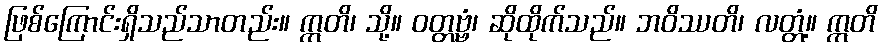
ဖြစ်ကြောင်းရှိသည်သာတည်း။ ဣတိ၊ သို့။ ဝတ္တဗ္ဗံ၊ ဆိုထိုက်သည်။ ဘဝိဿတိ၊ လတ္တံ့။ ဣတိ